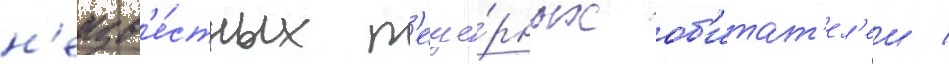
н'еизв'е́стных п'еще́рных об'итат'ел'еи /